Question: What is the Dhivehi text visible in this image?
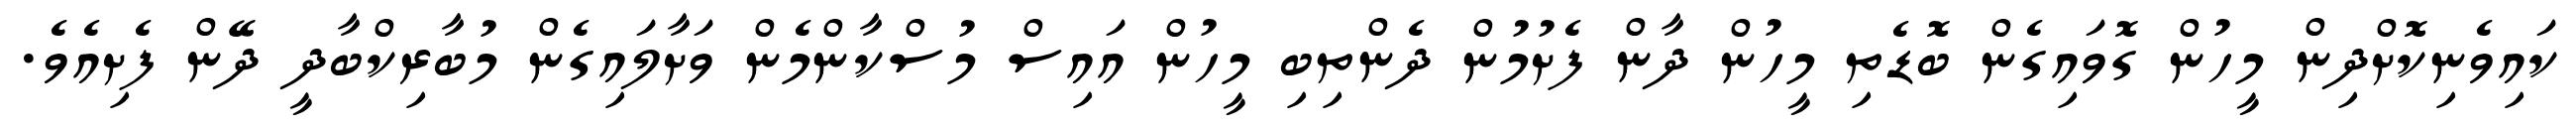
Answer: ކައިވެނިކޮށްދިން މީހުން ގޮވައިގެން ބޮޑެތި މީހުން ދާން ފެށުމުން ދެންތިބި މީހުން އައިސް މުސްކާންމެން ވަށާލައިގެން މުބާރިކްބާދީ ދޭން ފެށިއެވެ.